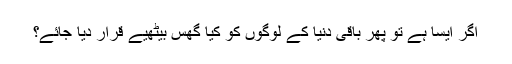
اگر ایسا ہے تو پھر باقی دنیا کے لوگوں کو کیا گھس بیٹھیے قرار دیا جائے؟